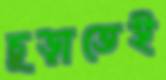
চূড়াতেই